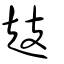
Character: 䞚